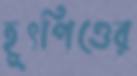
হূৎপিণ্ডের